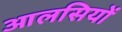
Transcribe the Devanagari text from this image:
आलसियों